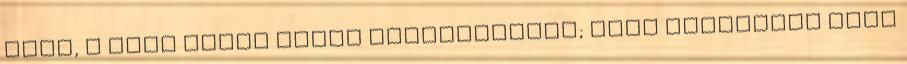
neki, a nagy isten előtt tökéletesnek; hogy járhasson azon